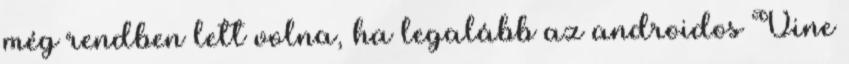
még rendben lett volna, ha legalább az androidos Vine